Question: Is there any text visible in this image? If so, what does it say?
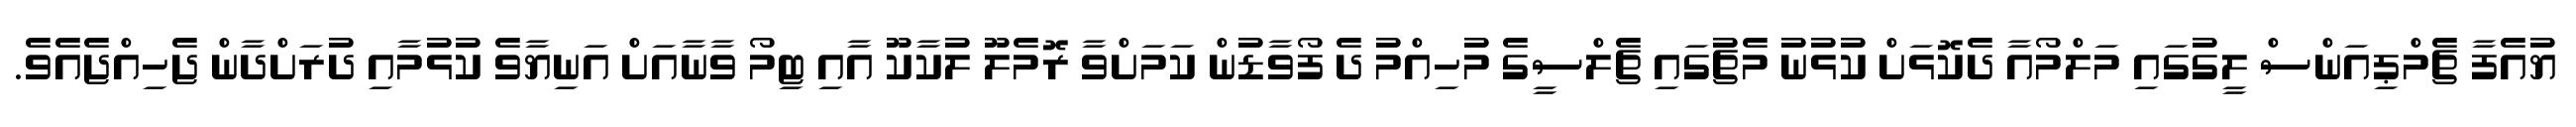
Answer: ޔުއެފާ ޗެމްޕިއަންސް ލީގުގައި މަލްމޯއާ ދެކޮޅަށް ކުޅުނު މެޗުގައި ޗެލްސީގެ މުހިއްމު ދެ ފޯވާޑުން ކަމަށްވާ ރޮމެލޫ ލުކާކޫ އާއި ޓިމޯ ވާނާއަށް އަނިޔާވެ ކުޅުމާއި ދުރަށްދާން ޖެހިއްޖެއެވެ.